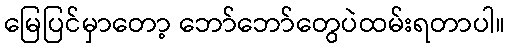
မြေပြင်မှာတော့ ဘော်ဘော်တွေပဲထမ်းရတာပါ။